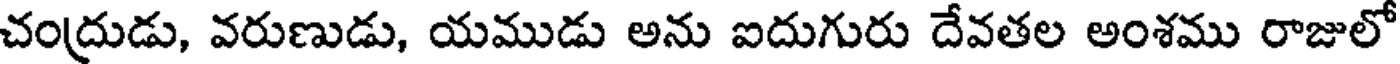
చంద్రుడు, వరుణుడు, యముడు అను ఐదుగురు దేవతల అంశము రాజులో